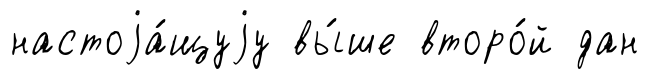
настоjа́щуjу вы́ше второ́й дан